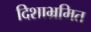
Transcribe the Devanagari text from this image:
दिशाभ्रमित